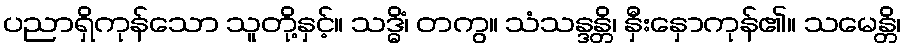
ပညာရှိကုန်သော သူတို့နှင့်။ သဒ္ဓိံ၊ တကွ။ သံသန္ဒန္တိ၊ နှီးနှောကုန်၏။ သမေန္တိ၊